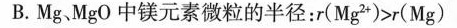
B.Mg.MgO中镁元素微粒的半径：$$r ( M g ^ { 2 + } ) > r ( M g )$$